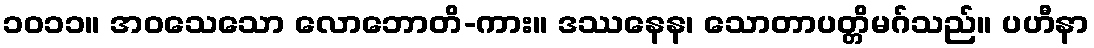
၁၀၁၁။ အဝသေသော လောဘောတိ-ကား။ ဒဿနေန၊ သောတာပတ္တိမဂ်သည်။ ပဟီနာ